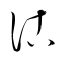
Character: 沽